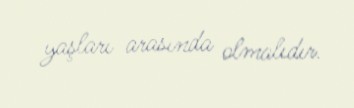
yaşları arasında olmalıdır.